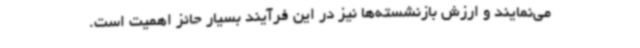
می‌نمایند و ارزش بازنشسته‌ها نیز در این فرآیند بسیار حائز اهمیت است.